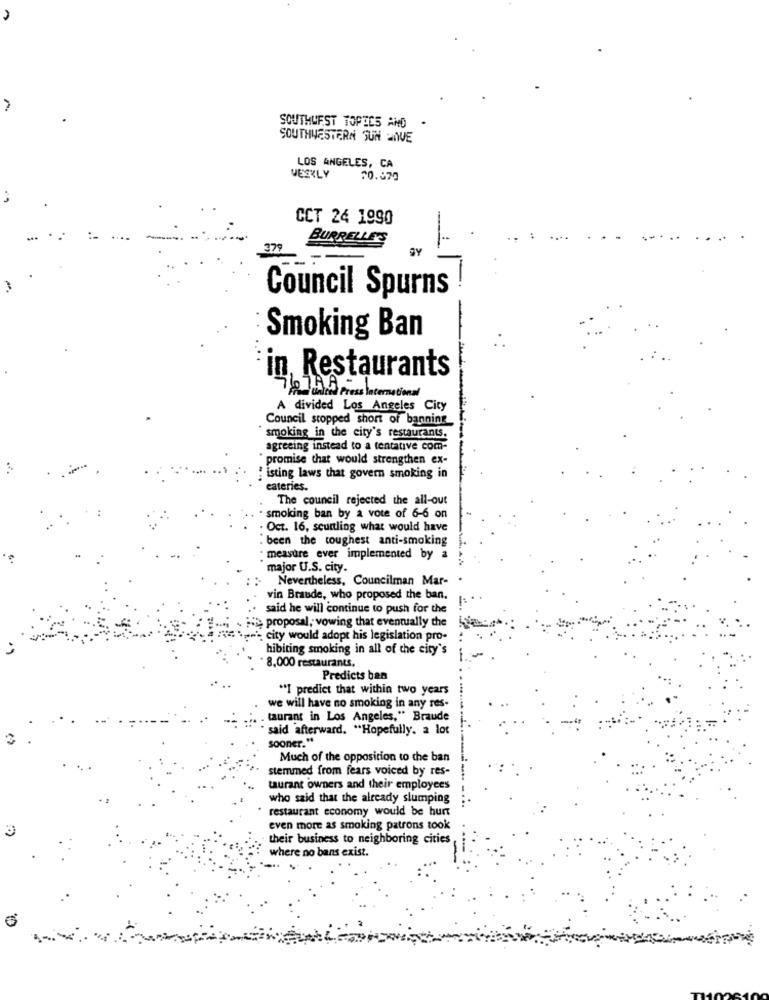
SOUTHWEST TOPICS AND .
SOUTHWESTERN SUN PIVE
LOS ANGELES, CA
WEEKLY
70.079
CCT 24 1990
BURRELLES
379
Council Spurns
-
Smoking Ban
in, Restaurants
intel Press International
A divided Los Angeles City
Council stopped short of banning
smoking in the city's restaurants.
agreeing instead to a tentative com-
promise that would strengthen ex-
:isting laws that govern smoking in
eateries.
The council rejected the all-out
smoking ban by a vote of 6-6 on
Oct. 16, scurling what would have
: been the toughest anti-smoking
: measure ever implemented by a
major U.S. city.
Nevertheless, Councilman Mar-
vin Braude, who proposed the ban.
said he will continue to push for the
proposal, vowing that eventually the
*p-'s city would adopt his legislation pro-
hibiting smoking in all of the city's
8,000 restaurants,
Predicts ban
"I predict that within two years
we will have no smoking in any res-
taurant in Los Angeles," Braude
"said afterward. "Hopefully. a lot
sooner."
Much of the opposition to the ban
stemmed from fears voiced by res-
taurant owners and their employees
who said that the already slumping
restaurant economy would be hurt
3
even more as smoking patrons took
their business to neighboring cities
where no bans exist.